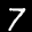
Label: 7